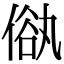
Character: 𠌢